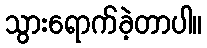
သွားရောက်ခဲ့တာပါ။